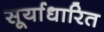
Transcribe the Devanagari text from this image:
सूर्याधारित